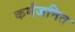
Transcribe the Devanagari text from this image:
कर्मजनित